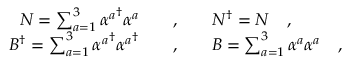
\begin{array} { r c l } { { N = \sum _ { a = 1 } ^ { 3 } { \alpha ^ { a } } ^ { \dagger } \alpha ^ { a } \ \ \ } } & { { , } } & { { \ \ \ N ^ { \dagger } = N \ \ \ , } } \\ { { B ^ { \dagger } = \sum _ { a = 1 } ^ { 3 } { \alpha ^ { a } } ^ { \dagger } { \alpha ^ { a } } ^ { \dagger } \ \ \ } } & { { , } } & { { \ \ \ B = \sum _ { a = 1 } ^ { 3 } \alpha ^ { a } \alpha ^ { a } \ \ \ , } } \end{array}